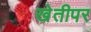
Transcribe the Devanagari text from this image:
खेतीपर